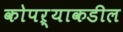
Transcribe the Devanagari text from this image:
कोपऱ्याकडील